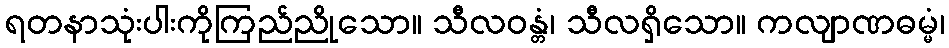
ရတနာသုံးပါးကိုကြည်ညိုသော။ သီလဝန္တံ၊ သီလရှိသော။ ကလျာဏဓမ္မံ၊